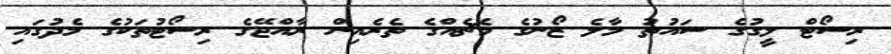
ރިސޯޓް ލީގުގެ ސައުތު މާލެ ޒޯނުގެ މެޗެއްގެ ތެރެއިން ރާއްޖޭގެ ރިސޯޓުތަކުގެ މެދުގައި